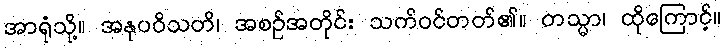
အာရုံသို့။ အနုပဝိသတိ၊ အစဉ်အတိုင်း သက်ဝင်တတ်၏။ တသ္မာ၊ ထိုကြောင့်။